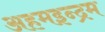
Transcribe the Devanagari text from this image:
अहमइन्द्रम